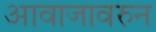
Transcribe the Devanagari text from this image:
आवाजावरुन